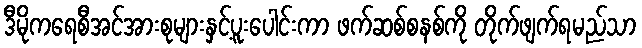
ဒီမိုကရေစီအင်အားစုများနှင့်ပူးပေါင်းကာ ဖက်ဆစ်စနစ်ကို တိုက်ဖျက်ရမည်သာ